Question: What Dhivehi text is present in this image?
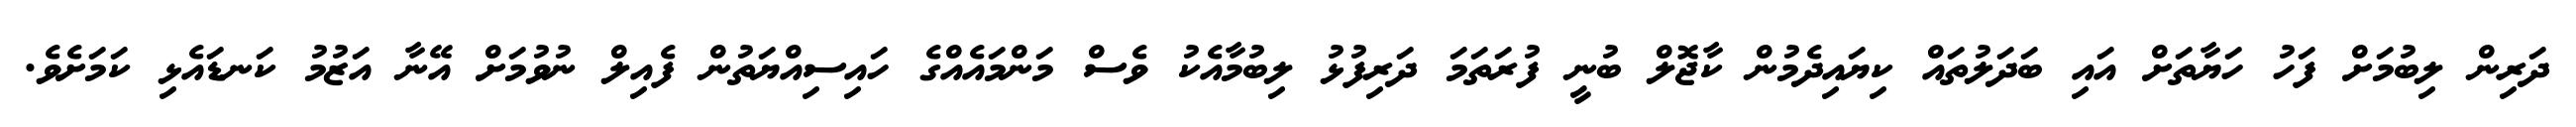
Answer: ދަރިން ލިބުމަށް ފަހު ހަޔާތަށް އައި ބަދަލުތައް ކިޔައިދެމުން ކާޖޮލް ބުނީ ފުރަތަމަ ދަރިފުޅު ލިބުމާއެކު ވެސް މަންމައެއްގެ ހައިސިއްޔަތުން ފެއިލް ނުވުމަށް އޭނާ އަޒުމު ކަނޑައެޅި ކަމަށެވެ.